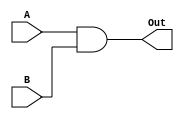
`timescale 1ns/1ns

module AND2_1bit(A, B, Out);

input A, B;
output Out;

assign #10 Out = A & B;

endmodule




module TB_AND2_1bit();

reg A, B;
wire Out;

AND2_1bit AND(.A(A), .B(B), .Out(Out));

initial begin
	A = 1'b0; B = 1'b0;
	#100;
	A = 1'b0; B = 1'b1;
	#100;
	A = 1'b1; B = 1'b0;
	#100;
	A = 1'b1; B = 1'b1;
end
endmodule